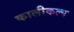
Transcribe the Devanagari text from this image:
कालीकल्प